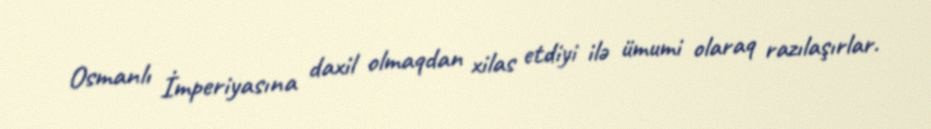
Osmanlı İmperiyasına daxil olmaqdan xilas etdiyi ilə ümumi olaraq razılaşırlar.